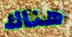
هناك